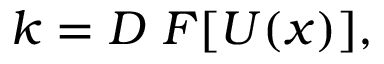
k = D \ F [ U ( x ) ] ,